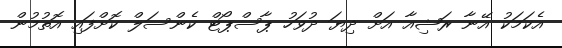
އެކަމަކު އޭނާ ރަޝިއާ އަށް ދިޔަ ދުވަހު ޕާސްޕޯޓް ކެންސަލް ކޮށްފައި އޮތުމުން